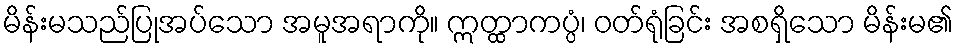
မိန်းမသည်ပြုအပ်သော အမူအရာကို။ ဣတ္ထာကပ္ပံ၊ ဝတ်ရုံခြင်း အစရှိသော မိန်းမ၏